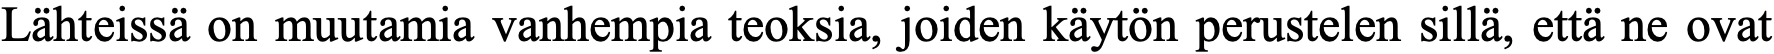
Lähteissä on muutamia vanhempia teoksia, joiden käytön perustelen sillä, että ne ovat